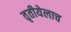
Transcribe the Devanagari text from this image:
तृतीयेलाच